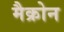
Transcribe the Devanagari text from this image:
मैक्रोन